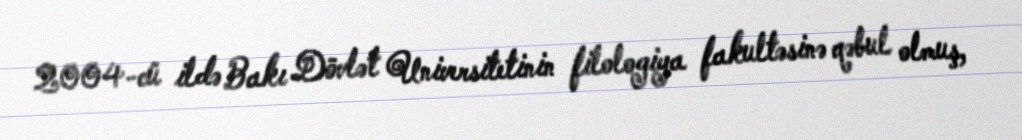
2004-cü ildə Bakı Dövlət Universitetinin filologiya fakultəsinə qəbul olmuş,